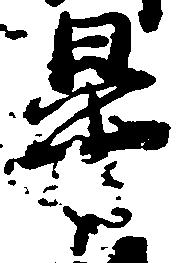
畢